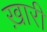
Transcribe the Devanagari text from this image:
ख़ारी